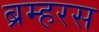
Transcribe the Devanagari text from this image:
ब्रम्हरस